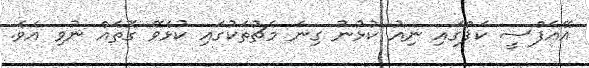
އޭއެފްސީ ކަޕްގައި ނިއު ކުޅުނު ގިނަ މެޗުތަކުގައި ކުޅެވޭ ގޮތެއް ނުވި އެވެ.